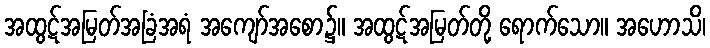
အထွဋ်အမြတ်အခြံအရံ အကျော်အစော၌။ အထွဋ်အမြတ်တို့ ရောက်သော။ အဟောသိ၊